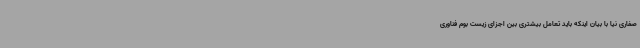
صفاری نیا با بیان اینکه باید تعامل بیشتری بین اجزای زیست بوم فناوری